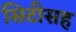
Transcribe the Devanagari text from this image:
सिटीसह